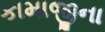
કામાજીના